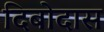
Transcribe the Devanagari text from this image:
दिबोदास